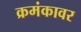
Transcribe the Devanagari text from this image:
क्रमंकावर